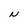
Character: N